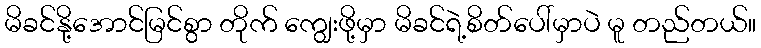
မိခင်နို့အောင်မြင်စွာ တိုက် ကျွေးဖို့မှာ မိခင်ရဲ့စိတ်ပေါ်မှာပဲ မူ တည်တယ်။